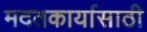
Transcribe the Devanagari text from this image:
मदतकार्यासाठी